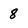
Character: 8